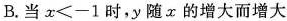
B.当$$x<-1$$时，y随x的增大而增大